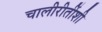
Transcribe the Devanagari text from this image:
चालीरीतींशी